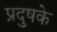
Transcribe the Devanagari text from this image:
प्रदुषके